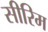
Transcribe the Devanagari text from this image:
सीरिम